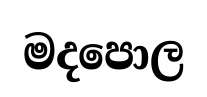
මදපොල